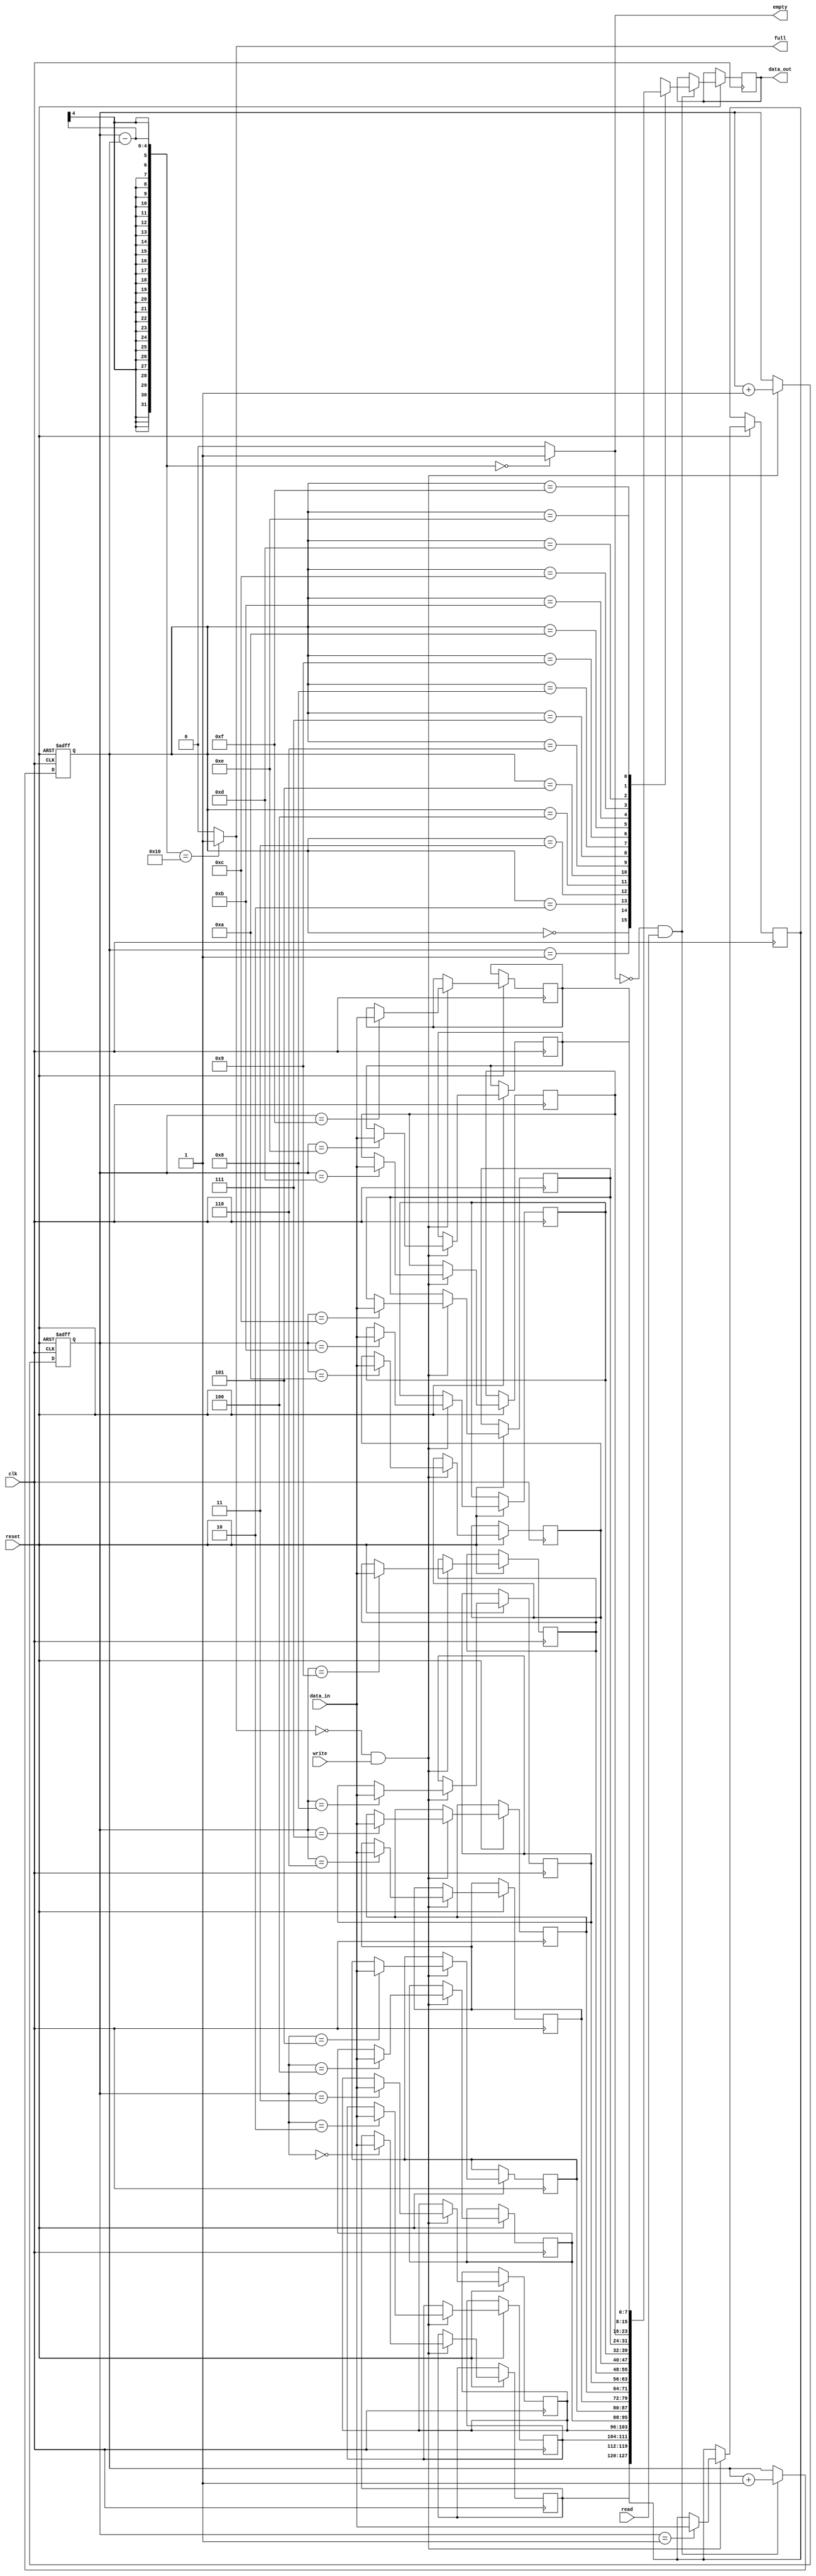
module fifo (clk,reset,read,write,data_in,full,empty,data_out);

parameter WIDTH = 8;
parameter DEPTH = 16;

output reg [WIDTH-1 : 0] data_out;
output full;
output empty;

input [WIDTH-1 : 0] data_in;
input clk;
input reset,read,write;

reg [WIDTH-1 : 0] mem [DEPTH-1 : 0];
reg [3 : 0] rd_pointer;
reg [3 : 0] wr_pointer;

assign empty = ((wr_pointer - rd_pointer) == 0) ? 1'b1 : 1'b0;
assign full  = ((wr_pointer - rd_pointer) == DEPTH) ? 1'b1 : 1'b0;

always @(posedge clk or negedge reset) begin
	if (!reset) begin
		// reset
		wr_pointer <= 0;
		rd_pointer <= 0;
	end
	else begin
		if (full == 1'b0 & write) begin
			mem[wr_pointer] <= data_in;
			wr_pointer <= wr_pointer + 1;
		end
		if (empty == 1'b0 & read) begin
			data_out <= mem[rd_pointer];
			rd_pointer <= rd_pointer + 1;
		end
	end
end
endmodule